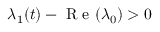
\lambda _ { 1 } ( t ) - \mathrm { ~ R ~ e ~ } ( \lambda _ { 0 } ) > 0